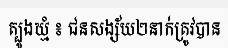
ត្បូងឃ្មំ ៖ ជនសង្ស័យ២នាក់ត្រូវបាន